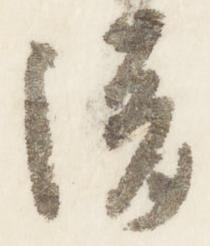
清